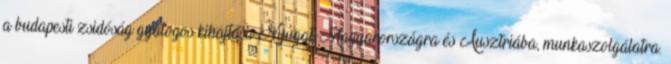
a budapesti zsidóság gyalogos kihajtása Nyugat-Magyarországra és Ausztriába, munkaszolgálatra.